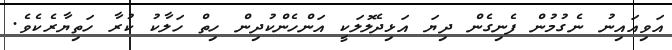
އަވިއައިނު ނެގުމުން ފެނިގެން ދިޔަ އަޅިދެލޮލަކީ އަންހެންކުދިން ހިތް ހަލާކު ކުރާ ހަތިޔާރެކެވެ.